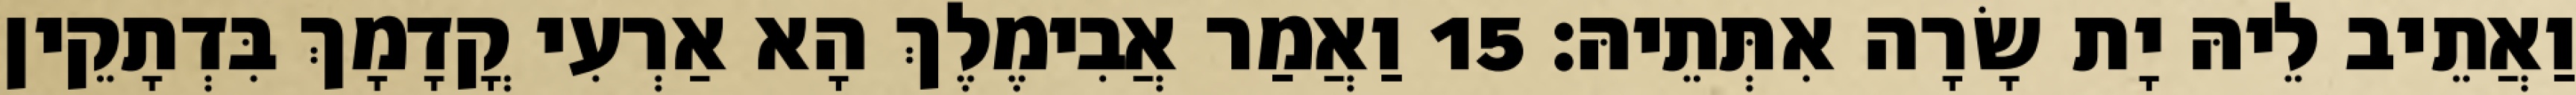
וַאֲתֵיב לֵיהּ יָת שָׂרָה אִתְּתֵיהּ׃ 15 וַאֲמַר אֲבִימֶלֶךְ הָא אַרְעִי קֳדָמָךְ בִּדְתָקֵין